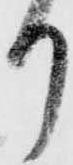
り